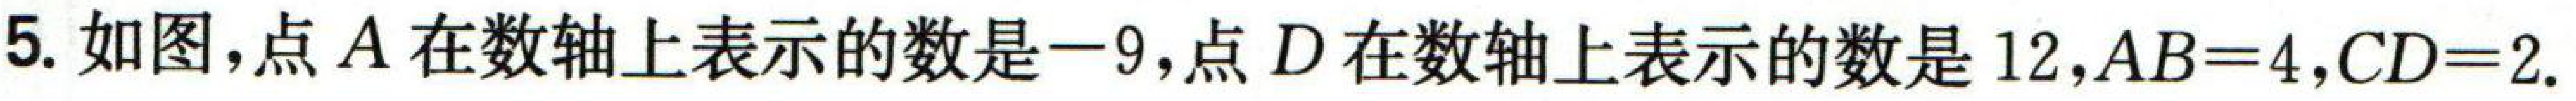
5. 如图，点$A$在数轴上表示的数是$-9$，点$D$在数轴上表示的数是$12$，$AB = 4$，$CD = 2$.